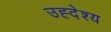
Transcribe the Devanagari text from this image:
उह्देश्य